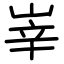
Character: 峷